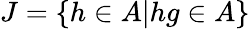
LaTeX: J=\{ h\in A|hg\in A\}